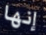
إنها